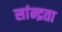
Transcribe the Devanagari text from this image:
सांन्द्रता